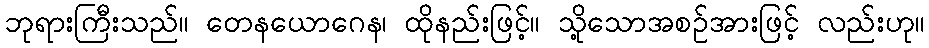
ဘုရားကြီးသည်။ တေနယောဂေန၊ ထိုနည်းဖြင့်။ သို့သောအစဉ်အားဖြင့် လည်းဟု။